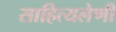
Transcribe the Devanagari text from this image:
साहित्यलेणी